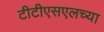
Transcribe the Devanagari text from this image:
टीटीएसएलच्या